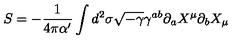
S = - \frac { 1 } { 4 \pi \alpha ^ { \prime } } \int d ^ { 2 } \sigma \sqrt { - \gamma } \gamma ^ { a b } \partial _ { a } X ^ { \mu } \partial _ { b } X _ { \mu }